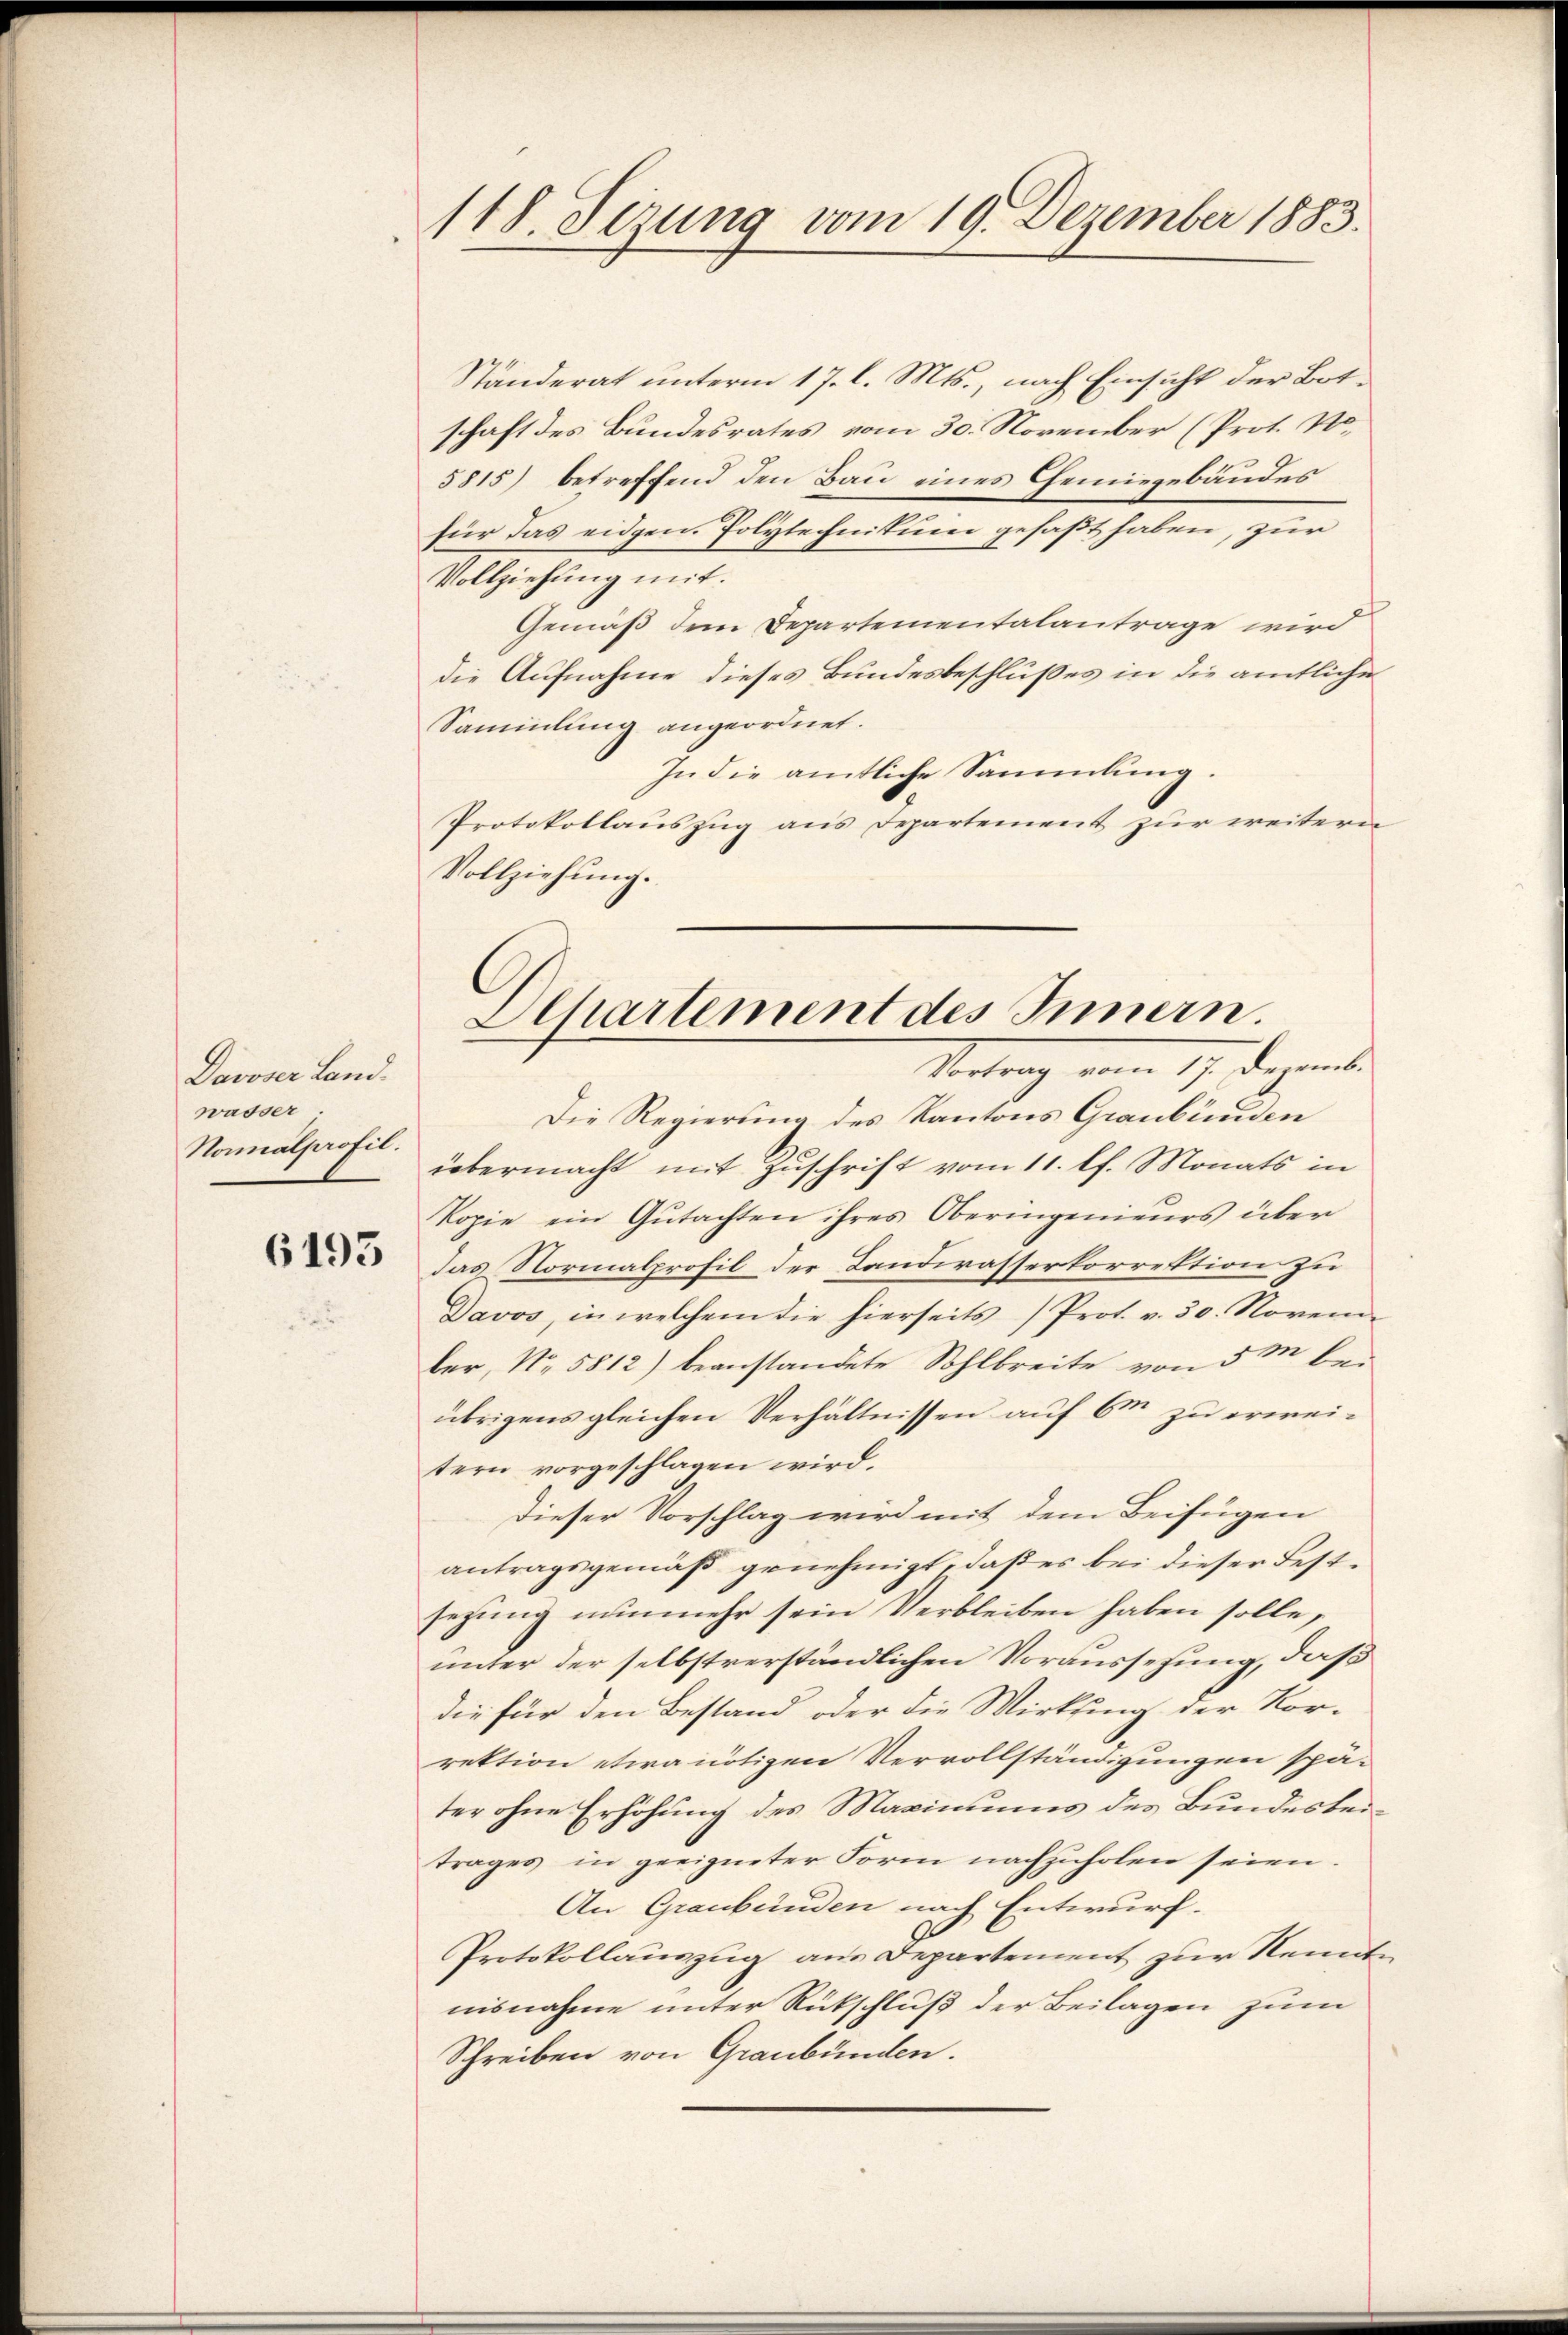
Davoser Land.
wasser.
Normalprofil.

6193

118. Sezung vom 19. Dezember 1883.

Ständerat unterm 17. l. Mts., nach Einsicht der Botschaft des Bundesrates vom 30. November (Prot. No¬
5815) betreffend den Bau eines Chemiegebäudes
für das eidgen. Polytechnikum gefaßt haben, zur
Vollziehung mit.
Gemäß dem Departementalantrage wird
die Aufnahme dieses Bundesbeschlußes in die amtliche
Sammlung angeordnet.
In die amtliche Sammlung.
Protokollauszug aus Departement zur weitern
Vollziehung.

Dchartement des Innern.
Vertrag vom 17. Dezemb.

Die Regierung des Kantons Graubünden
übermacht mit Zuschrift vom 11. lt. Monats in
kopie ein Gŭtachten ihres Oberingenieurs über
Das Normalprofil der Landwasserkorrektion zu
Davos, in welchem die hierseits (Prot. v. 30. Novem
ber, No. 5812) beanstandete Sohlbreite von 5 M. beübrigens gleichen Verhältnissen auf 6m zu erweitern vorgeschlagen wird.
Dieser Vorschlag wird mit dem Beifügen
antragsgemäß genehmigt, daß es bei dieser Festsezung nunmehr sein Verbleiben haben solle,
unter der selbstverständlichen Voraussetzung, daß
die für den Bestand oder die Wirksing der Nor-
rektion etwa nötigen Vervollständigungen spä-
ter ohne Erhöhung des Maximums des Bundesbeitrages in geeigneter Form nachzuholen seien.
An Graubünden nach Entwurf.
Protokollauszug aus Departement zur Kenntn
nisnahme unter Rückschluß der Beilagen zum
Schreiben von Graubünden.